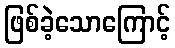
ဖြစ်ခဲ့သောကြောင့်